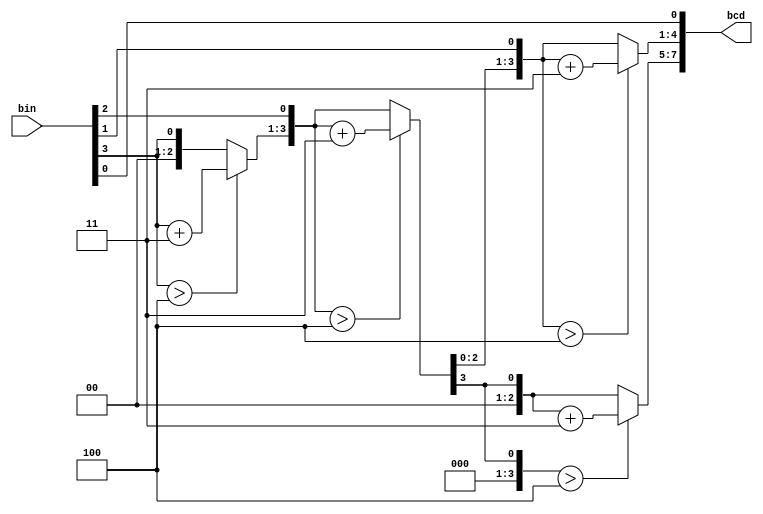
/*
 *		Module		:	Binary2BCD_2D Block
 * 	Description	: 	Binary 2 BCD - 2 Digit for Seg7
 *		Inputs		: 	*
 *						: 	*
 *						:	*
 *						:	*
 *						:	*
 *
 *		Outputs		: 	*
 *		Owner			: 	Ataberk KL
 */

module Binary2BCD_2D(
	input  wire [3:0] bin,
	output reg  [7:0] bcd
);

reg [3:0] i;   

//Always block - implement the Double Dabble algorithm
always @(bin)
  begin
		bcd = 0; //initialize bcd to zero.
		for (i = 4'b0; i < 4; i = i+4'd1) //run for 8 iterations
		begin
			 bcd = {bcd[6:0],bin[3-i]}; //concatenation
				  
			 //if a hex digit of 'bcd' is more than 4, add 3 to it.  
			 if(i < 3 && bcd[3:0] > 4) 
				  bcd[3:0] = bcd[3:0] + 4'd3;
			 if(i < 3 && bcd[7:4] > 4)
				  bcd[7:4] = bcd[7:4] + 4'd3;
		end
  end     
                
endmodule